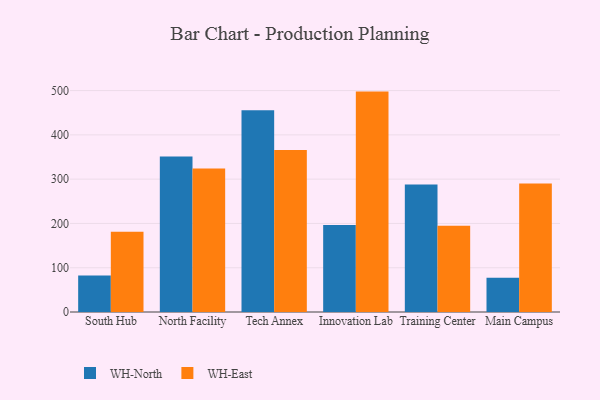
{"axis": {"x": "Campus", "y": "Gross Profit (USD K)"}, "legend": ["WH-East", "WH-North"], "data": [{"x": "South Hub", "y": 82.3, "type": "WH-North"}, {"x": "South Hub", "y": 181.4, "type": "WH-East"}, {"x": "North Facility", "y": 351.1, "type": "WH-North"}, {"x": "North Facility", "y": 324.0, "type": "WH-East"}, {"x": "Tech Annex", "y": 455.7, "type": "WH-North"}, {"x": "Tech Annex", "y": 365.7, "type": "WH-East"}, {"x": "Innovation Lab", "y": 196.2, "type": "WH-North"}, {"x": "Innovation Lab", "y": 497.7, "type": "WH-East"}, {"x": "Training Center", "y": 288.1, "type": "WH-North"}, {"x": "Training Center", "y": 194.5, "type": "WH-East"}, {"x": "Main Campus", "y": 77.6, "type": "WH-North"}, {"x": "Main Campus", "y": 290.3, "type": "WH-East"}]}